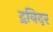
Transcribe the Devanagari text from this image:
द्रविदर